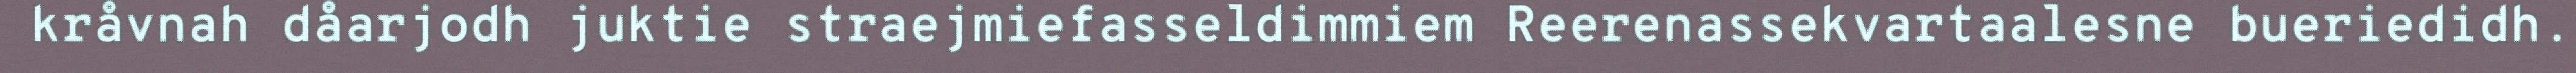
kråvnah dåarjodh juktie straejmiefasseldimmiem Reerenassekvartaalesne bueriedidh.